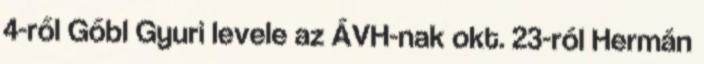
4-ről Gőbl Gyuri levele az ÁVH-nak okt. 23-ról Hermán